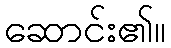
ဆောင်း၏။